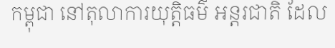
កម្ពុជា នៅតុលាការយុត្តិធម៌ អន្តរជាតិ ដែល